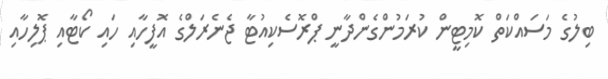
ބިލުގެ މަސައްކަތް ކޮމިޓީން ކުރަމުންގެންދާނީ ޕްރޮސެކިއުޓާ ޖެނެރަލްގެ އޮފީހާއި ހައި ކޯޓާއި ޕޮލިހާއި